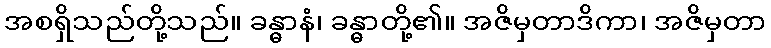
အစရှိသည်တို့သည်။ ခန္ဓာနံ၊ ခန္ဓာတို့၏။ အဇိမှတာဒိကာ၊ အဇိမှတာ